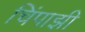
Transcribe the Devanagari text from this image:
चिंपाझी